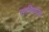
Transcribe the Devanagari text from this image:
सानिध्याचा